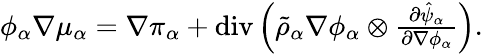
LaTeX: \begin{array}{r}{\phi_{\alpha}\nabla\mu_{\alpha}=\nabla\pi_{\alpha}+\mathrm{div}\left(\tilde{\rho}_{\alpha}\nabla\phi_{\alpha}\otimes\frac{\partial\hat{\psi}_{\alpha}}{\partial\nabla\phi_{\alpha}}\right).}\end{array}